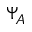
\Psi _ { A }